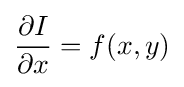
{\partial I \over \partial x}=f(x,y)